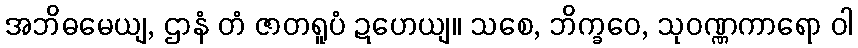
အဘိဓမေယျ, ဌာနံ တံ ဇာတရူပံ ဍဟေယျ။ သစေ, ဘိက္ခဝေ, သုဝဏ္ဏကာရော ဝါ